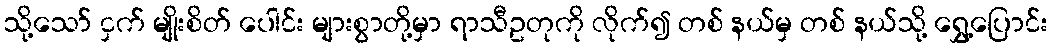
သို့သော် ငှက် မျိုးစိတ် ပေါင်း များစွာတို့မှာ ရာသီဥတုကို လိုက်၍ တစ် နယ်မှ တစ် နယ်သို့ ရွှေ့ပြောင်း